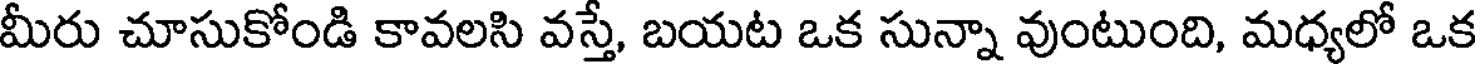
మీరు చూసుకోండి కావలసి వస్తే, బయట ఒక సున్నా వుంటుంది, మధ్యలో ఒక